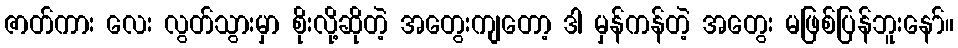
ဇာတ်ကား လေး လွတ်သွားမှာ စိုးလို့ဆိုတဲ့ အတွေးကျတော့ ဒါ မှန်ကန်တဲ့ အတွေး မဖြစ်ပြန်ဘူးနော်။